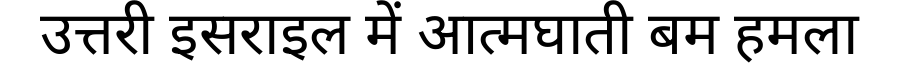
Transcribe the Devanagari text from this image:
उत्तरी इसराइल में आत्मघाती बम हमला